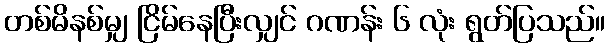
တစ်မိနစ်မျှ ငြိမ်နေပြီးလျှင် ဂဏန်း ၆ လုံး ရွတ်ပြသည်။